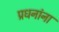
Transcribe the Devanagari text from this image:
प्रधनांना